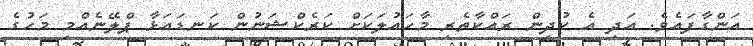
އަންގާފައެވެ. އަދި އެ ކުދިން ރައްކާތެރި މާހައުލަކަށް ކަރެކްޝަނުން ކަނޑައަޅާ ޕްލޭނެއްމި މަހުގެ